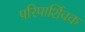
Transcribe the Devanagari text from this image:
परिपार्शिवक